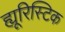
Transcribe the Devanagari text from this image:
ह्यूरिस्टिक